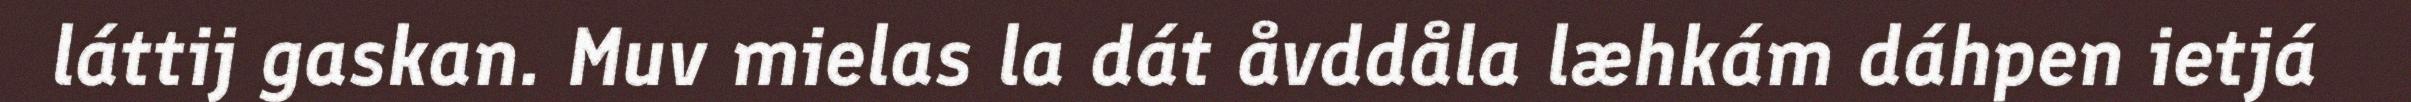
láttij gaskan. Muv mielas la dát åvddåla læhkám dáhpen ietjá